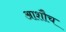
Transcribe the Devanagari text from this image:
आशौच